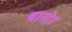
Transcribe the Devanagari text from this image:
बातोर